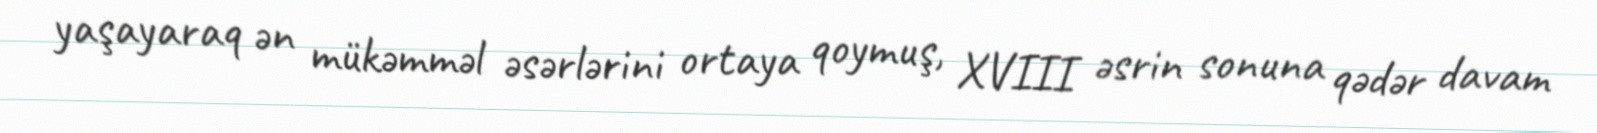
yaşayaraq ən mükəmməl əsərlərini ortaya qoymuş, XVIII əsrin sonuna qədər davam